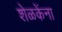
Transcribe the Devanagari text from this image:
शेळकेंना